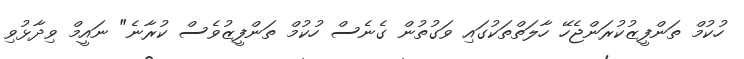
ހުކުމް ތަންފީޒުކުރަންޖެހޭ ހާލަތްތަކުގައި ވަގުތުން ގެނެސް ހުކުމް ތަންފީޒުވެސް ކުރާނެ" ނައީމް ވިދާޅުވި